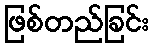
ဖြစ်တည်ခြင်း